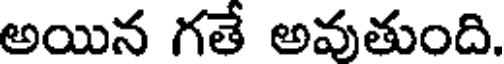
అయిన గతే అవతుంది.